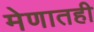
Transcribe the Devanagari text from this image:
मेणातही